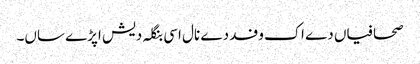
صحافیاں دے اک وفد دے نال اسی بنگلہ دیش اپڑے ساں۔